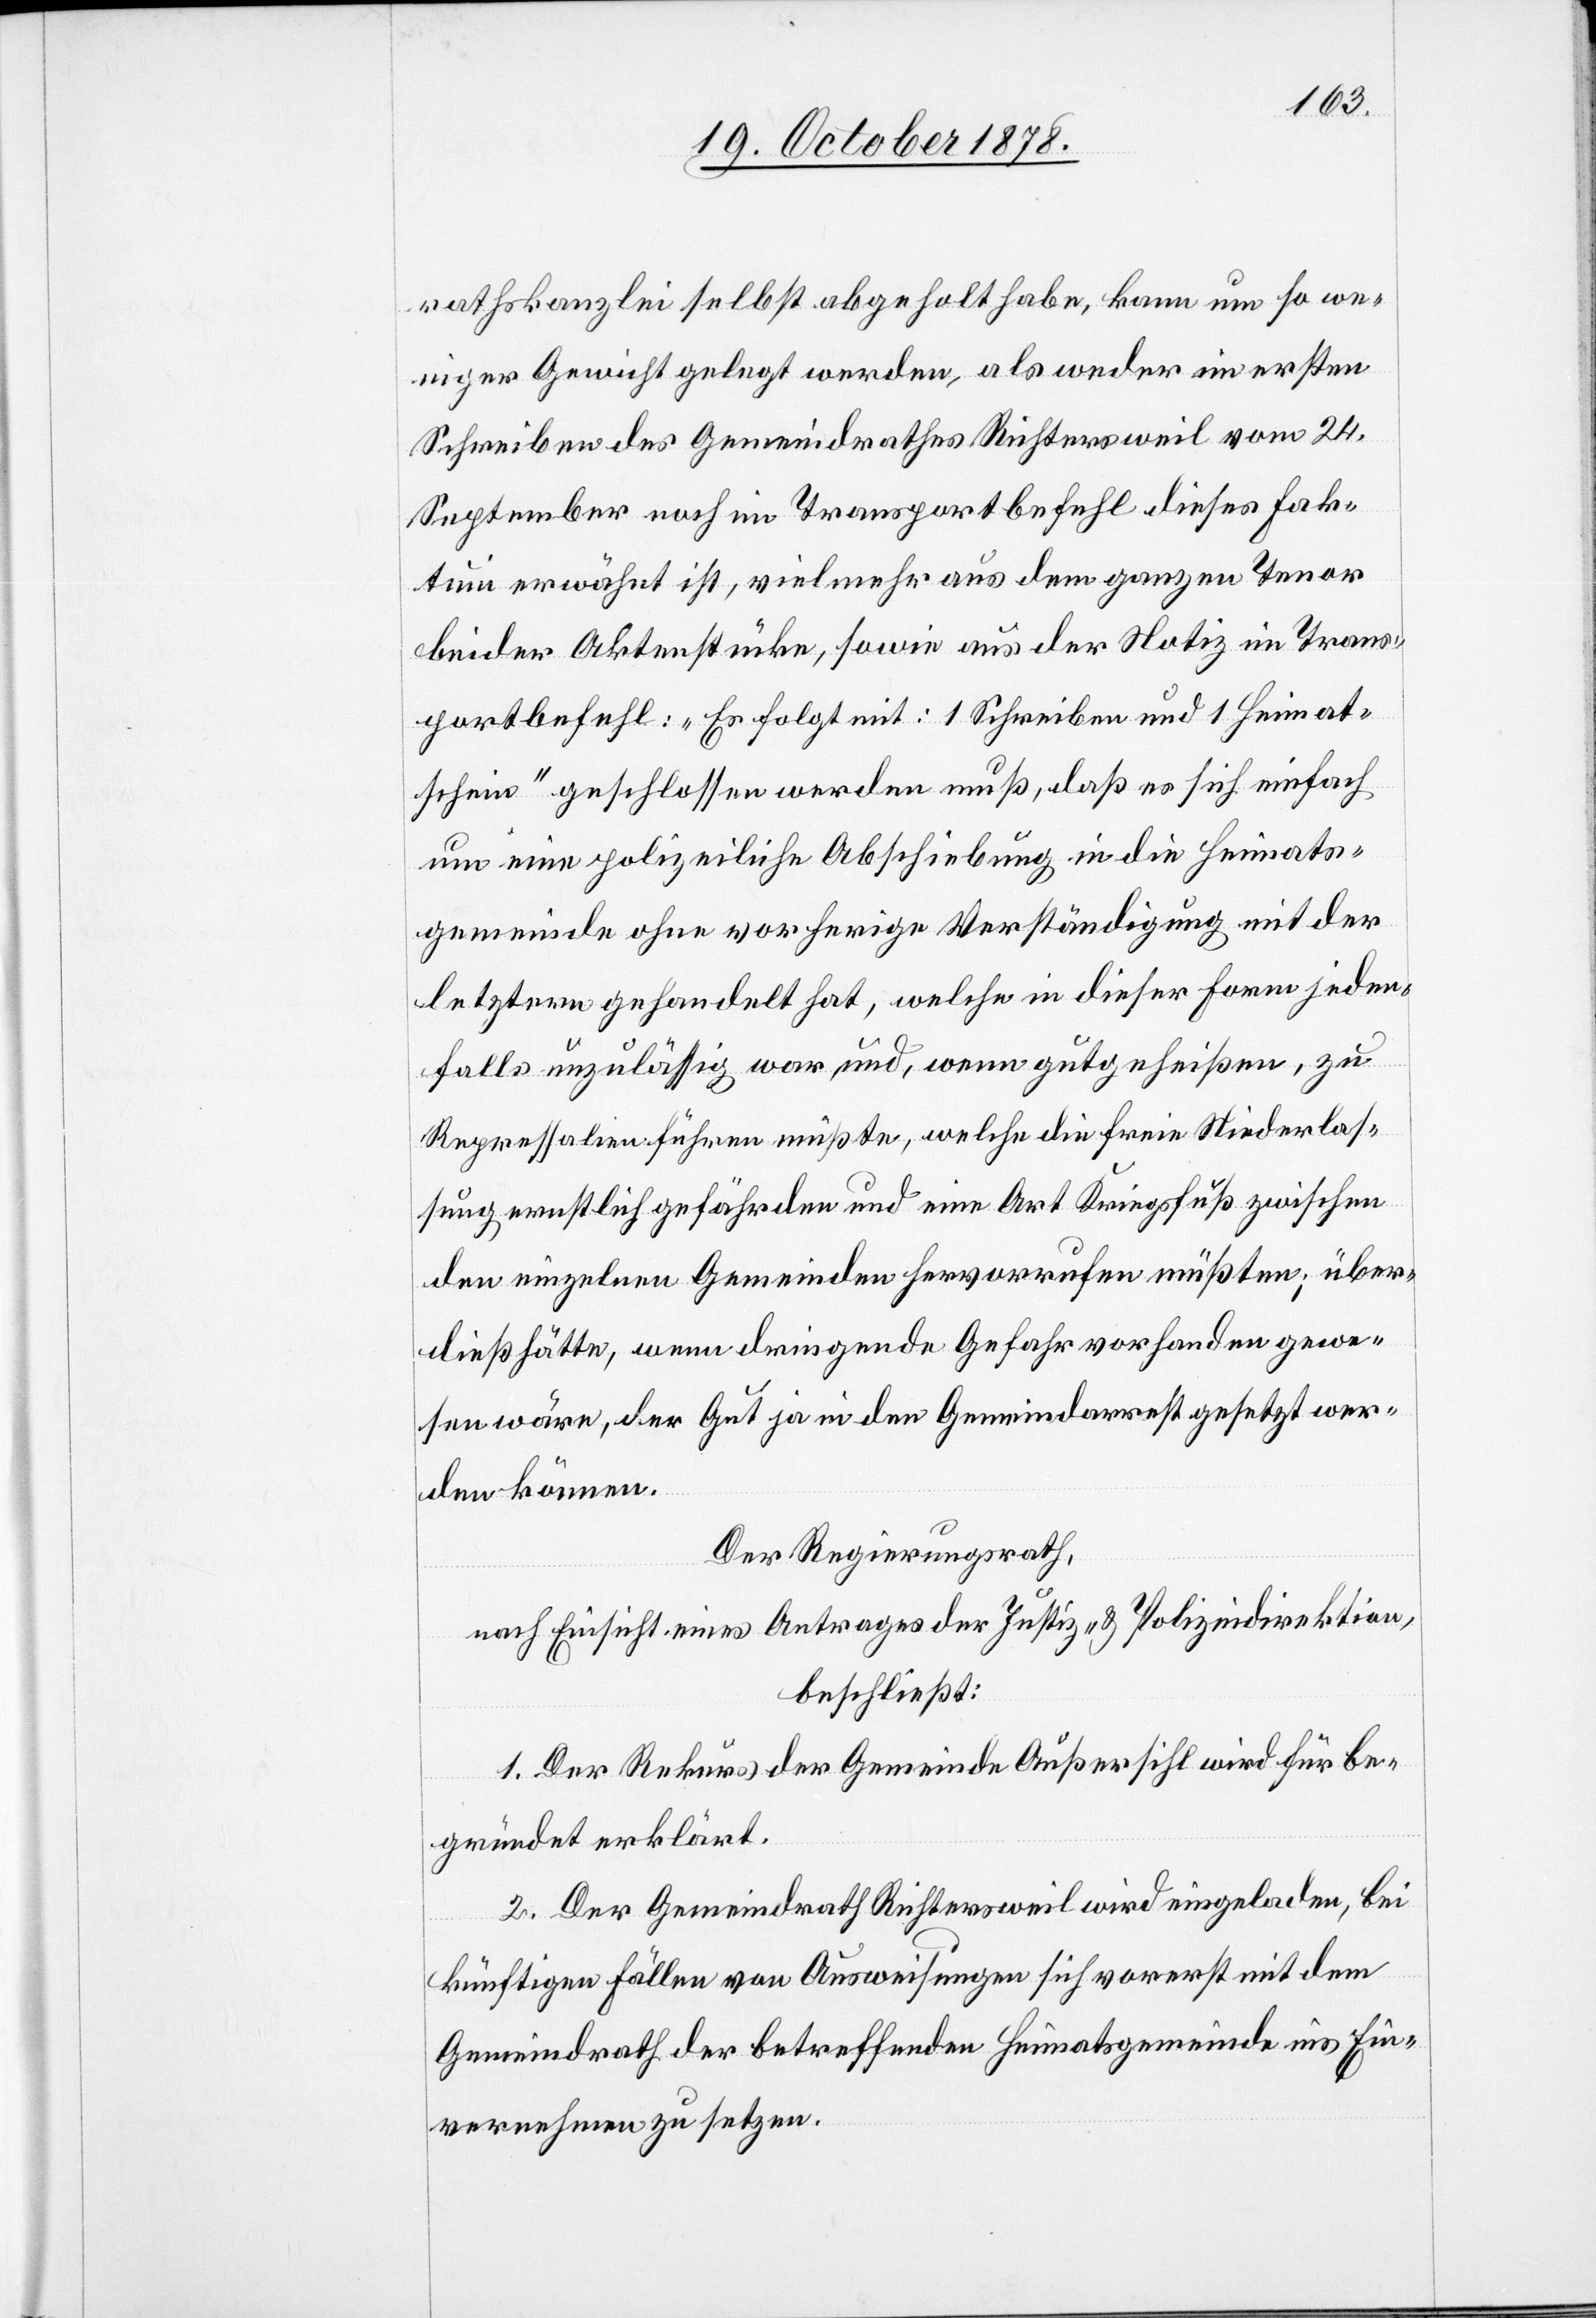
rathskanzlei selbst abgeholt habe, kann um so we¬
niger Gewicht gelegt werden, als weder im ersten
Schreiben des Gemeindrathes Richtersweil vom 24.
September noch im Transportbefehl dieses Fak¬
tum erwähnt ist, vielmehr aus dem ganzen Tenor
beider Aktenstücke, sowie aus der Notiz im Trans¬
portbefehl: „Es folgt mit: 1 Schreiben und 1 Heimat¬
schein“ geschlossen werden muß, daß es sich einfach
um eine polizeiliche Abschiebung in die Heimats¬
gemeinde ohne vorherige Verständigung mit der
letztern gehandelt hat, welche in dieser Form jeden¬
falls unzulässig war, und, wenn gutgeheißen, zu
Repressalien führen müßte, welche die freie Niederlas¬
sung ernstlich gefährden und eine Art Kriegsfuß zwischen
den einzelnen Gemeinden hervorrufen müßten; über¬
dieß hätte, wenn dringende Gefahr vorhanden gewe¬
sen wäre, der Gut ja in den Gemeindarrest gesetzt wer¬
den können.
Der Regierungsrath,
nach Einsicht eines Antrages der Justiz- & Polizeidirektion,
beschließt:
1. Der Rekurs der Gemeinde Außersihl wird für be¬
gründet erklärt.
2. Der Gemeindrath Richtersweil wird eingeladen, bei
künftigen Fällen von Ausweisungen sich vorerst mit dem
Gemeindrath der betreffenden Heimatsgemeinde ins Ein¬
vernehmen zu setzen.